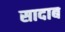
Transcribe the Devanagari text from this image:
सादाब